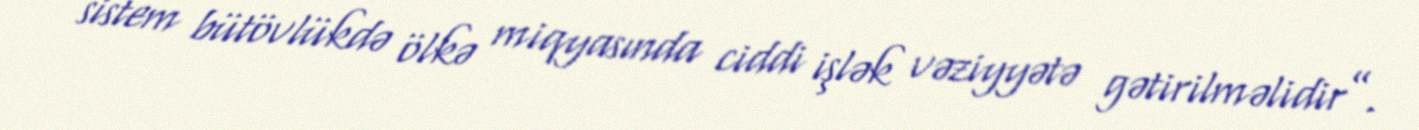
sistem bütövlükdə ölkə miqyasında ciddi işlək vəziyyətə gətirilməlidir”.